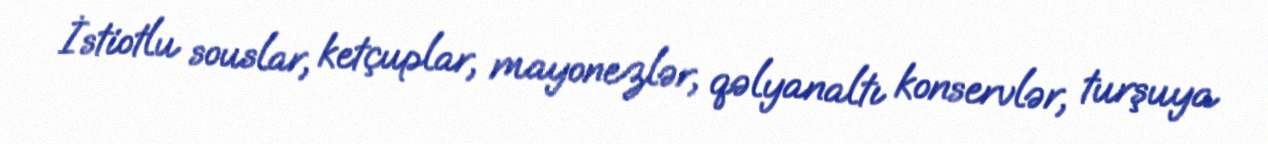
İstiotlu souslar, ketçuplar, mayonezlər, qəlyanaltı konservlər, turşuya